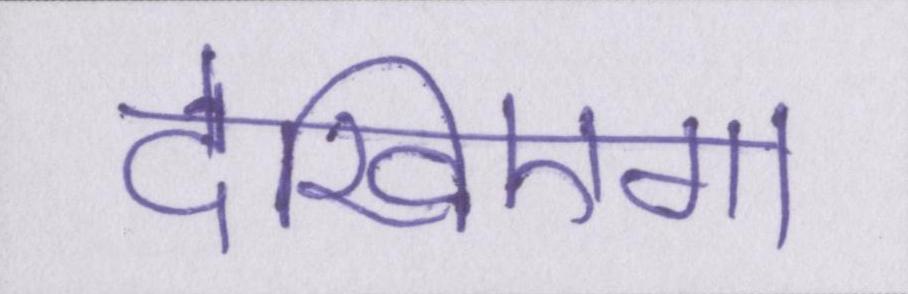
देखिएगा